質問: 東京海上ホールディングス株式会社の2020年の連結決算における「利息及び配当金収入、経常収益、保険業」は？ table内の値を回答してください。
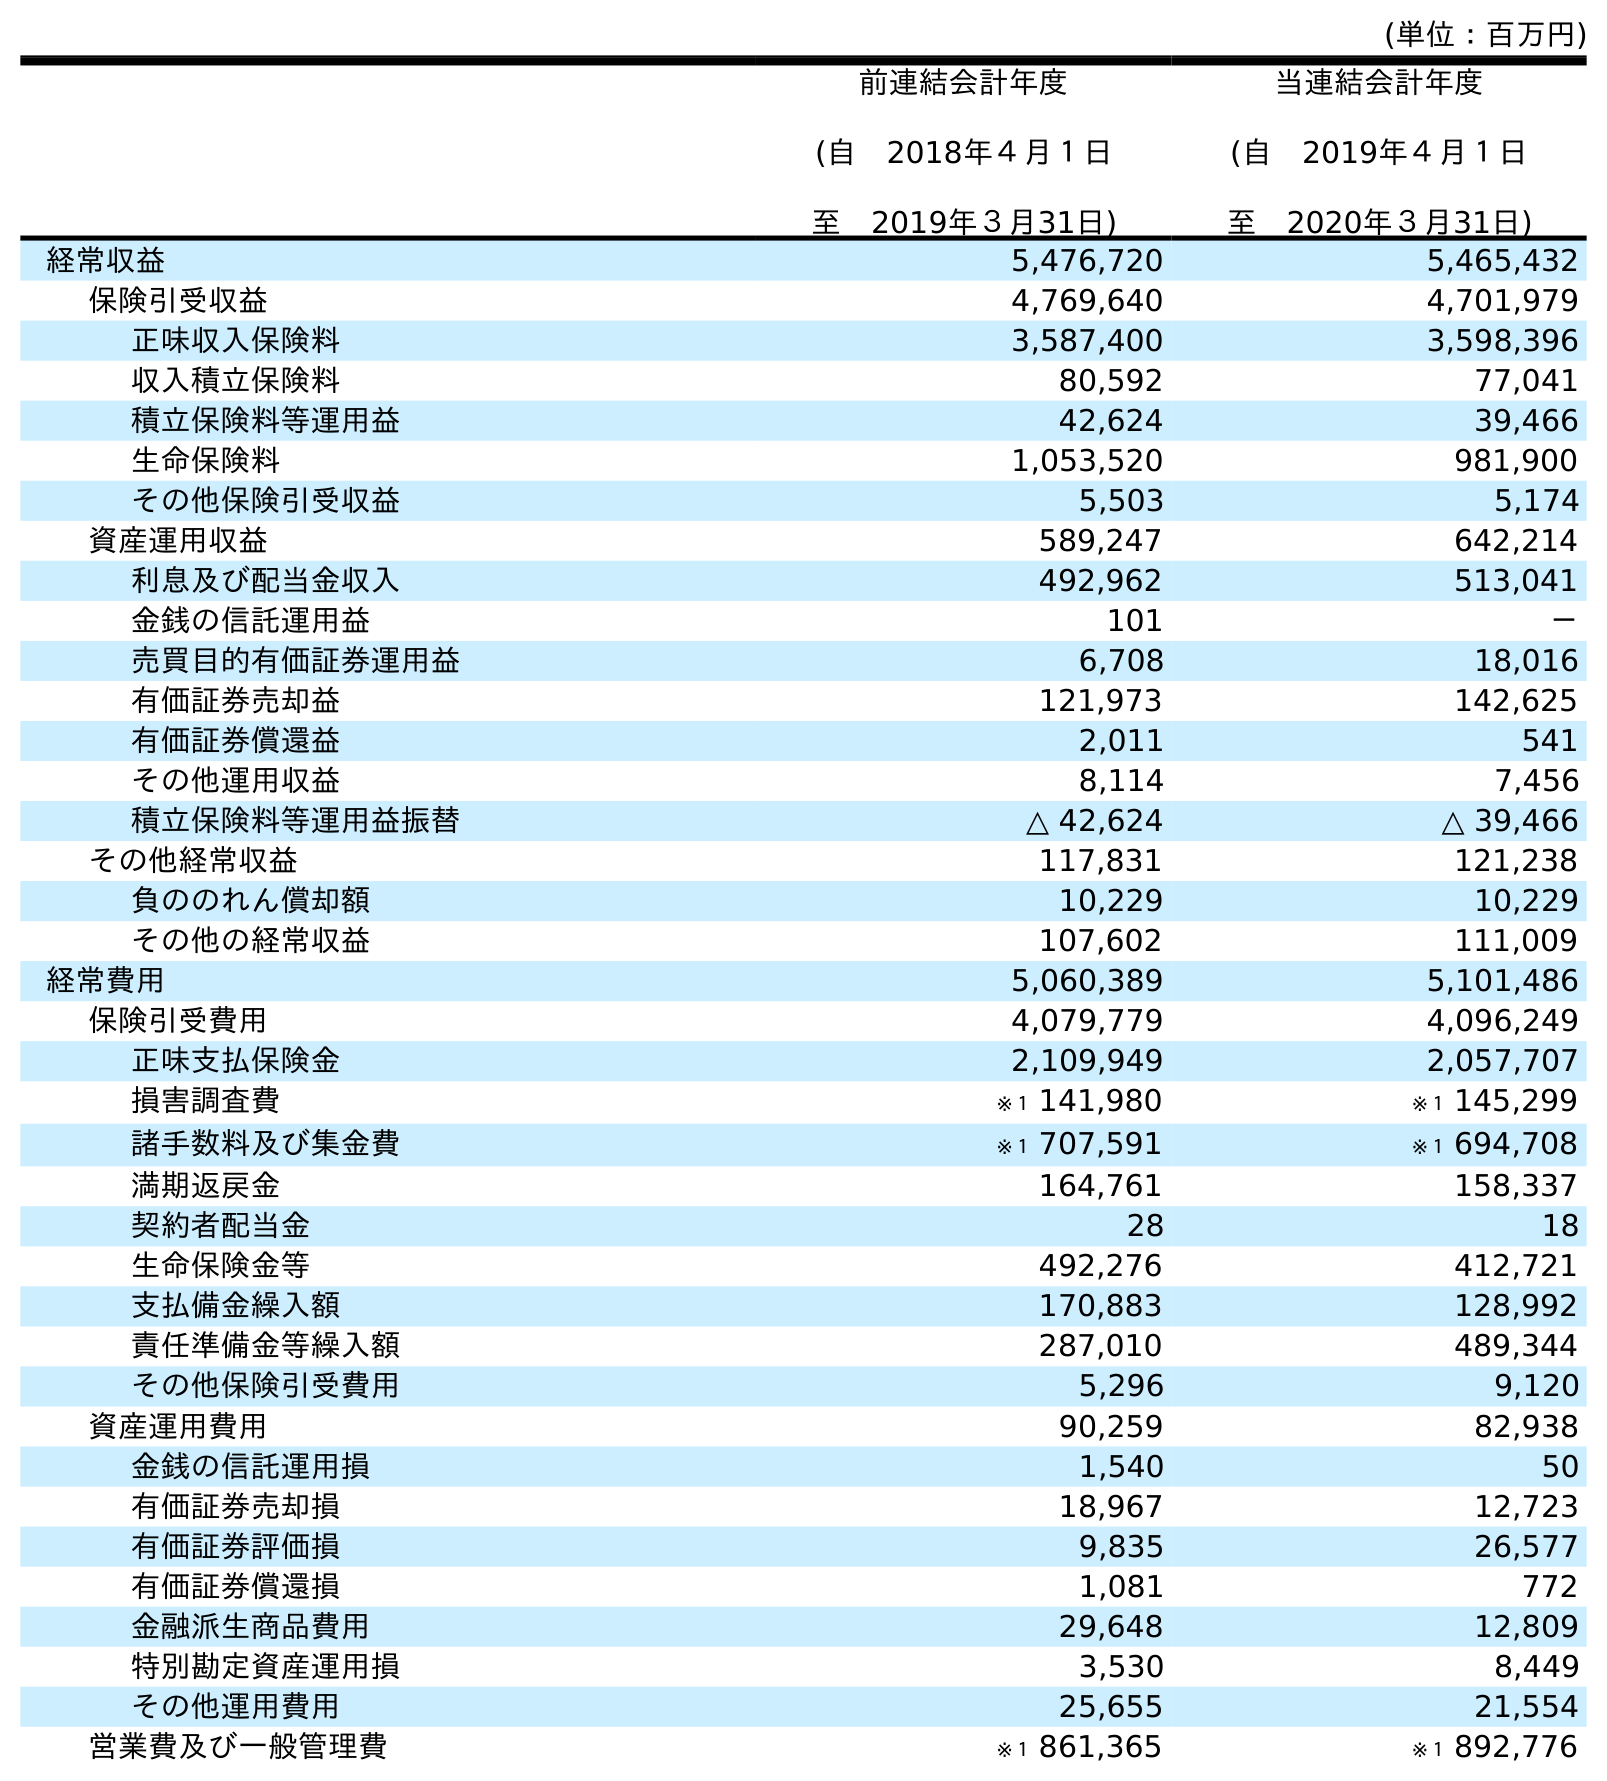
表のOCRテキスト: (単位：百万円) 前連結会計年度 (自 2018年４月１日 至 2019年３月31日) 当連結会計年度 (自 2019年４月１日 至 2020年３月31日) 経常収益 5,476,720 5,465,432 保険引受収益 4,769,640 4,701,979 正味収入保険料 3,587,400 3,598,396 収入積立保険料 80,592 77,041 積立保険料等運用益 42,624 39,466 生命保険料 1,053,520 981,900 その他保険引受収益 5,503 5,174 資産運用収益 589,247 642,214 利息及び配当金収入 492,962 513,041 金銭の信託運用益 101 － 売買目的有価証券運用益 6,708 18,016 有価証券売却益 121,973 142,625 有価証券償還益 2,011 541 その他運用収益 8,114 7,456 積立保険料等運用益振替 △ 42,624 △ 39,466 その他経常収益 117,831 121,238 負ののれん償却額 10,229 10,229 その他の経常収益 107,602 111,009 経常費用 5,060,389 5,101,486 保険引受費用 4,079,779 4,096,249 正味支払保険金 2,109,949 2,057,707 損害調査費 ※１ 141,980 ※１ 145,299 諸手数料及び集金費 ※１ 707,591 ※１ 694,708 満期返戻金 164,761 158,337 契約者配当金 28 18 生命保険金等 492,276 412,721 支払備金繰入額 170,883 128,992 責任準備金等繰入額 287,010 489,344 その他保険引受費用 5,296 9,120 資産運用費用 90,259 82,938 金銭の信託運用損 1,540 50 有価証券売却損 18,967 12,723 有価証券評価損 9,835 26,577 有価証券償還損 1,081 772 金融派生商品費用 29,648 12,809 特別勘定資産運用損 3,530 8,449 その他運用費用 25,655 21,554 営業費及び一般管理費 ※１ 861,365 ※１ 892,776
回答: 513,041